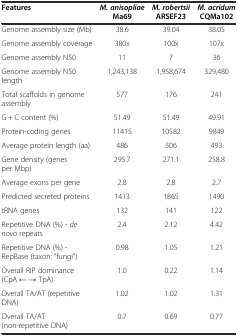
<table><thead><tr><td><b>Features</b></td><td><b><i>M. anisopliae</i>Ma69</b></td><td><b><i>M. robertsii</i>ARSEF23</b></td><td><b><i>M. acridum</i>CQMa102</b></td></tr></thead><tbody><tr><td>Genome assembly size (Mb)</td><td>38.6</td><td>39.04</td><td>38.05</td></tr><tr><td>Genome assembly coverage</td><td>380x</td><td>100x</td><td>107x</td></tr><tr><td>Genome assembly N50</td><td>11</td><td>7</td><td>36</td></tr><tr><td>Genome assembly N50 length</td><td>1,243,138</td><td>1,958,674</td><td>329,480</td></tr><tr><td>Total scaffolds in genome assembly</td><td>577</td><td>176</td><td>241</td></tr><tr><td>G + C content (%)</td><td>51.49</td><td>51.49</td><td>49.91</td></tr><tr><td>Protein-coding genes</td><td>11415</td><td>10582</td><td>9849</td></tr><tr><td>Average protein length (aa)</td><td>486</td><td>506</td><td>493</td></tr><tr><td>Gene density (genes per Mbp)</td><td>295.7</td><td>271.1</td><td>258.8</td></tr><tr><td>Average exons per gene</td><td>2.8</td><td>2.8</td><td>2.7</td></tr><tr><td>Predicted secreted proteins</td><td>1413</td><td>1865</td><td>1490</td></tr><tr><td>tRNA genes</td><td>132</td><td>141</td><td>122</td></tr><tr><td>Repetitive DNA (%) - <i>de novo</i> repeats</td><td>2.4</td><td>2.12</td><td>4.42</td></tr><tr><td>Repetitive DNA (%) - RepBase (taxon: “fungi”)</td><td>0.98</td><td>1.05</td><td>1.21</td></tr><tr><td>Overall RIP dominance (CpA ← → TpA)</td><td>1.0</td><td>0.22</td><td>1.14</td></tr><tr><td>Overall TA/AT (repetitive DNA)</td><td>1.02</td><td>1.02</td><td>1.31</td></tr><tr><td>Overall TA/AT (non-repetitive DNA)</td><td>0.7</td><td>0.69</td><td>0.77</td></tr></tbody></table>